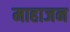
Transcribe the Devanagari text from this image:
माहाजन